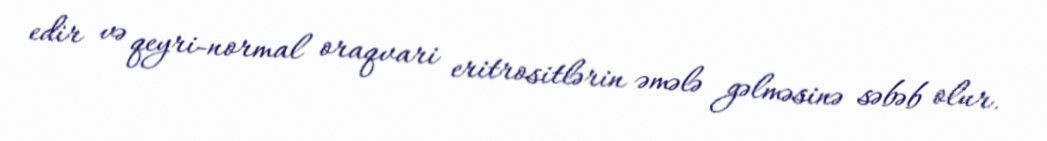
edir və qeyri-normal oraqvari eritrositlərin əmələ gəlməsinə səbəb olur.